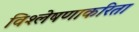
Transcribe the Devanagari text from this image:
विश्लेषणाकरिता